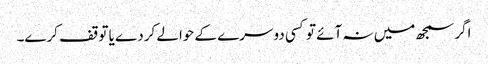
اگر سمجھ میں نہ آئے تو کسی دوسرے کے حوالے کردے یا توقف کرے۔